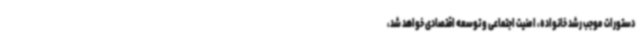
دستورات موجب رشد خانواده، امنیت اجتماعی و توسعه اقتصادی خواهد شد،